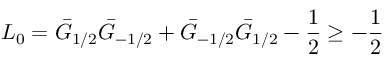
L _ { 0 } = \bar { G } _ { 1 / 2 } \bar { G } _ { - 1 / 2 } + \bar { G } _ { - 1 / 2 } \bar { G } _ { 1 / 2 } - \frac { 1 } { 2 } \geq - \frac { 1 } { 2 }